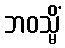
ဘဝသ္မိံ